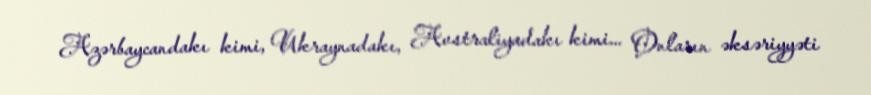
Azərbaycandakı kimi, Ukraynadakı, Avstraliyadakı kimi... Onların əksəriyyəti